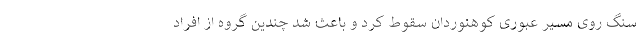
سنگ روی مسیر عبوری کوهنوردان سقوط کرد و باعث شد چندین گروه از افراد